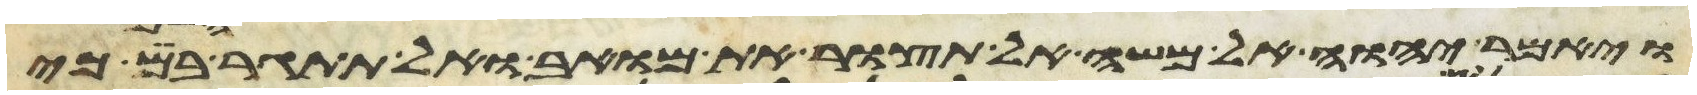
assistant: ויאמר יהוה אל משה אל תצור את מואב ואל תתגר בם כי